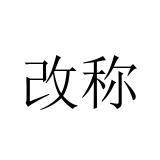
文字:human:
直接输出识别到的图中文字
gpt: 改称